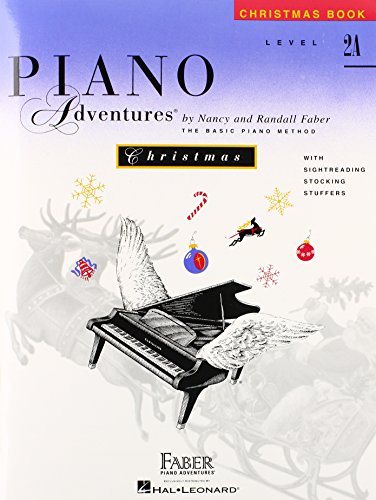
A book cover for Level 2A - Christmas Book: Piano Adventures; Humor & Entertainment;